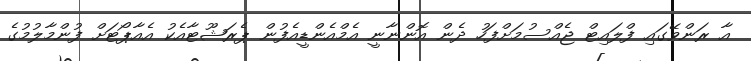
އާ ރަންވޭގައި ފްލައިޓް ޖެއްސުމަށްފަހު ދެން އޮންނާނީ އެމްއެންޑީއެފުން ޕެރަޝޫޓާއެކު އެއާޕޯޓަށް ފުންމާލުމުގެ